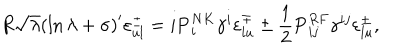
LaTeX: R \sqrt { \lambda } \left( \ln { \lambda } + \sigma \right) ^ { \prime } \varepsilon _ { u l } ^ { \pm } = i { \bf P } _ { i } ^ { N K } \gamma ^ { i } \varepsilon _ { l u } ^ { \mp } \pm { \frac { 1 } { 2 } } { \bf P } _ { i j } ^ { R F } \gamma ^ { i j } \varepsilon _ { l u } ^ { \pm } ,